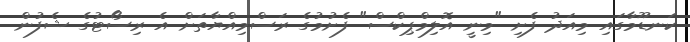
ކަނޑޫމާގައި މިއަދު ފެށި "މިނީ އޮލިމްޕިކްސް" ފެށުމުގެ ރަސްމިއްޔާތަށް އެ ރިސޯޓުގެ ޝެފުން